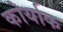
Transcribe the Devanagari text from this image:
कोर्याक